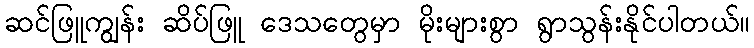
ဆင်ဖြူကျွန်း ဆိပ်ဖြူ ဒေသတွေမှာ မိုးများစွာ ရွာသွန်းနိုင်ပါတယ်။